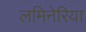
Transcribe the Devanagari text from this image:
लमिनेरिया